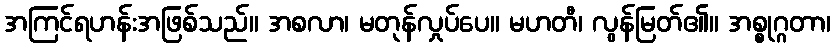
အကြင်ရဟန်းအဖြစ်သည်။ အစလာ၊ မတုန်လှုပ်ပေ။ မဟတီ၊ လွန်မြတ်၏။ အစ္စုဂ္ဂတာ၊